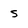
Character: s